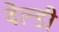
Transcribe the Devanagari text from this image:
वेल्डी